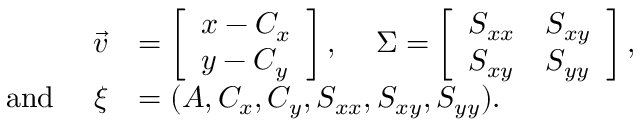
\begin{array} { r l } { \vec { v } } & { = \left[ \begin{array} { l } { x - C _ { x } } \\ { y - C _ { y } } \end{array} \right] \mathrm { , } ~ ~ ~ ~ \Sigma = \left[ \begin{array} { l l } { S _ { x x } } & { S _ { x y } } \\ { S _ { x y } } & { S _ { y y } } \end{array} \right] \mathrm { , } } \\ { \mathrm { a n d } ~ ~ ~ ~ \xi } & { = ( A , C _ { x } , C _ { y } , S _ { x x } , S _ { x y } , S _ { y y } ) . } \end{array}